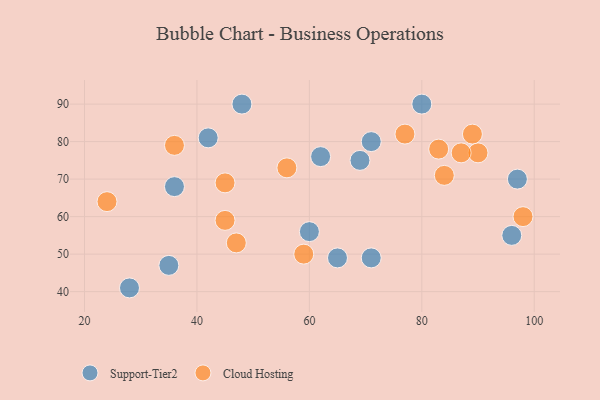
{"axis": {"x": "GDP", "y": "Life Expectancy"}, "legend": ["Cloud Hosting", "Support-Tier2"], "data": [{"x": "65", "y": 49, "type": "Support-Tier2"}, {"x": "42", "y": 81, "type": "Support-Tier2"}, {"x": "97", "y": 70, "type": "Support-Tier2"}, {"x": "80", "y": 90, "type": "Support-Tier2"}, {"x": "71", "y": 80, "type": "Support-Tier2"}, {"x": "35", "y": 47, "type": "Support-Tier2"}, {"x": "62", "y": 76, "type": "Support-Tier2"}, {"x": "48", "y": 90, "type": "Support-Tier2"}, {"x": "28", "y": 41, "type": "Support-Tier2"}, {"x": "71", "y": 49, "type": "Support-Tier2"}, {"x": "96", "y": 55, "type": "Support-Tier2"}, {"x": "36", "y": 68, "type": "Support-Tier2"}, {"x": "60", "y": 56, "type": "Support-Tier2"}, {"x": "69", "y": 75, "type": "Support-Tier2"}, {"x": "45", "y": 59, "type": "Cloud Hosting"}, {"x": "56", "y": 73, "type": "Cloud Hosting"}, {"x": "36", "y": 79, "type": "Cloud Hosting"}, {"x": "90", "y": 77, "type": "Cloud Hosting"}, {"x": "98", "y": 60, "type": "Cloud Hosting"}, {"x": "84", "y": 71, "type": "Cloud Hosting"}, {"x": "87", "y": 77, "type": "Cloud Hosting"}, {"x": "89", "y": 82, "type": "Cloud Hosting"}, {"x": "24", "y": 64, "type": "Cloud Hosting"}, {"x": "83", "y": 78, "type": "Cloud Hosting"}, {"x": "47", "y": 53, "type": "Cloud Hosting"}, {"x": "77", "y": 82, "type": "Cloud Hosting"}, {"x": "45", "y": 69, "type": "Cloud Hosting"}, {"x": "59", "y": 50, "type": "Cloud Hosting"}]}